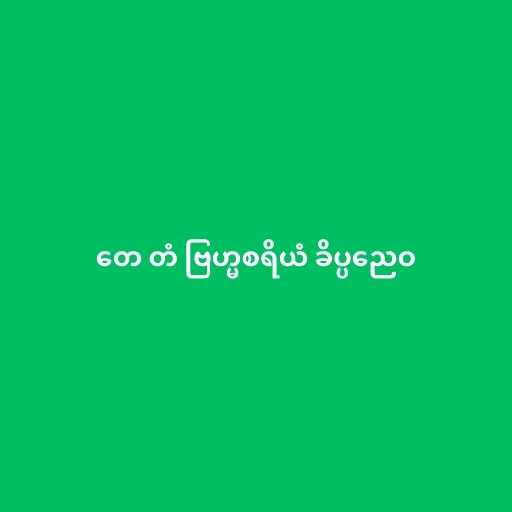
တေ တံ ဗြဟ္မစရိယံ ခိပ္ပညေဝ